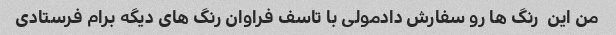
من این  رنگ ها رو سفارش دادمولی با تاسف فراوان رنگ های دیگه برام فرستادی